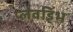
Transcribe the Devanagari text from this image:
प्लवडिंभ